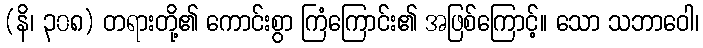
(နိ၊ ၃၀၈) တရားတို့၏ ကောင်းစွာ ကြံကြောင်း၏ အဖြစ်ကြောင့်။ သော သဘာဝေါ၊